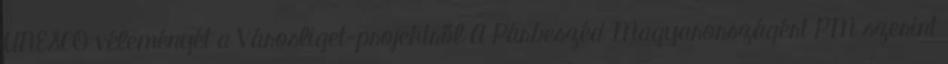
UNESCO véleményét a Városliget-projektről A Párbeszéd Magyarországért PM szerint